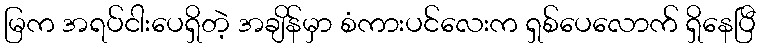
မြက အရပ်ငါးပေရှိတဲ့ အချိန်မှာ စံကားပင်လေးက ရှစ်ပေလောက် ရှိနေပြီ